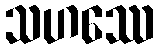
သဟဿေ